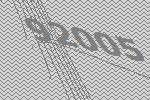
92005